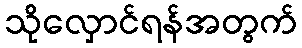
သိုလှောင်ရန်အတွက်